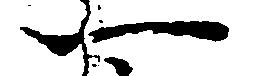
一